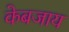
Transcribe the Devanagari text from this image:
केबजाय